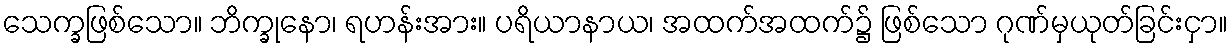
သေက္ခဖြစ်သော။ ဘိက္ခုနော၊ ရဟန်းအား။ ပရိယာနာယ၊ အထက်အထက်၌ ဖြစ်သော ဂုဏ်မှယုတ်ခြင်းငှာ။